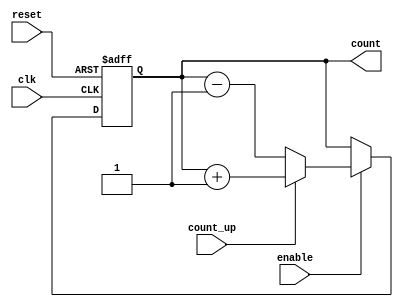
module synchronous_counter #(
    parameter WIDTH = 4 // Configurable width (e.g., 4-bit, 8-bit)
) (
    input wire clk,          // Clock input
    input wire reset,        // Asynchronous reset
    input wire enable,       // Enable signal
    input wire count_up,     // Control signal for counting up (1) or down (0)
    output reg [WIDTH-1:0] count // Current count value
);

    // Synchronous reset and counting logic
    always @(posedge clk or posedge reset) begin
        if (reset) begin
            count <= 0; // Reset count to 0
        end else if (enable) begin
            if (count_up) begin
                count <= count + 1; // Increment count
            end else begin
                count <= count - 1; // Decrement count
            end
        end
    end

endmodule